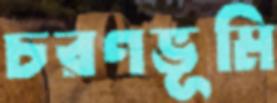
চরণভূমি